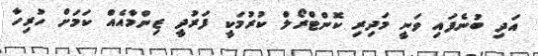
އަދި ބުނެފައި ވަނީ މަދިރި ކޮންޓްރޯލް ކުރުމަކީ ފަރުދީ ޒިންމާއެއް ކަމަށް ހުރިހާ